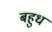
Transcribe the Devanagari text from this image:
बहुध